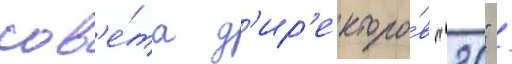
сов'е́та д'ир'екторо́в "20" /